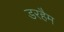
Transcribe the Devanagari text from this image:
डरहैम